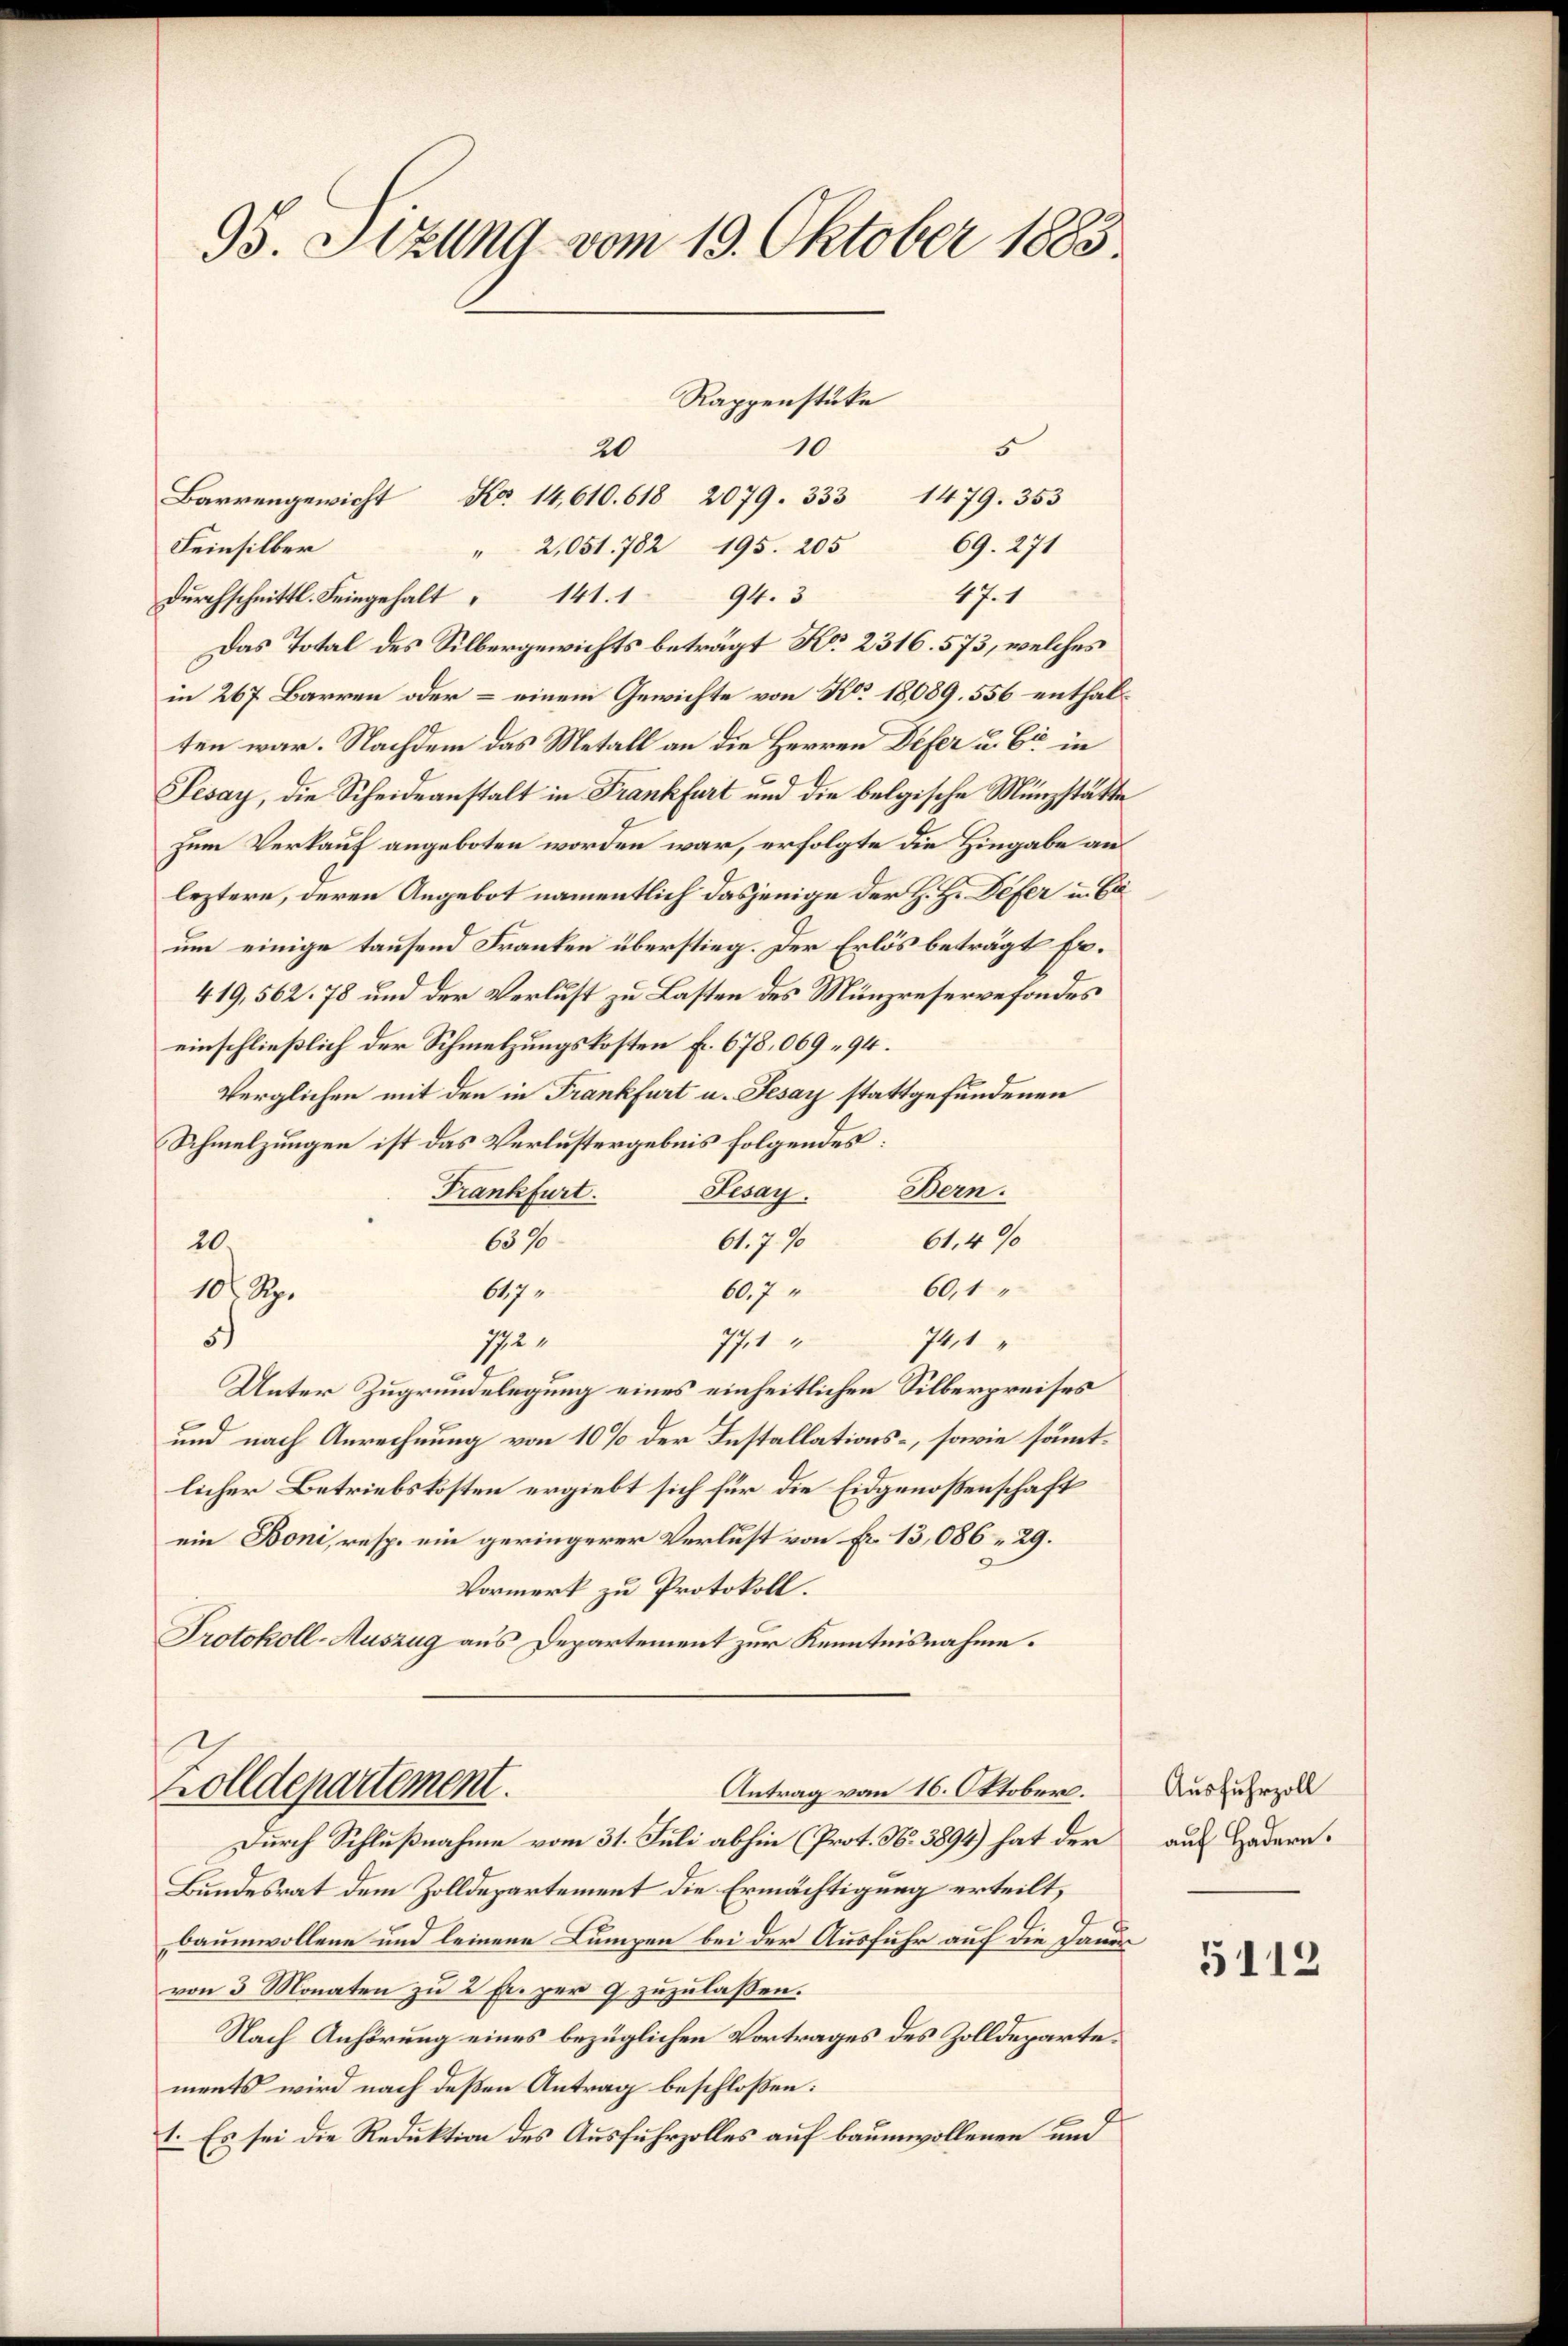
95. Sizung vom 19. Oktober 1883.

Rappenstüke
10
20
5
Barrengewicht No. 14,610. 618 2079. 333 1479. 353
Feinsilber
" 2,051. 782 195. 205 69. 271
17.1
durchschnittl. Feingehalt " 141. 194. 3
Das Total des Silbergewichts beträgt No. 2316. 573, welches
in 267 Barren oder – einem Gewichte von No. 18,089. 556 enthalten war. Nachdem das Metall an die Herren Defer u. Er in
Jesay, die Scheideanstalt in Frankfurt und die belgische Münzstätte
zum Verkauf angeboten worden war, erfolgte die Hingabe ausleztere, deren Angebot namentlich dasjenige der H. Hr. Defer u. Bäum einige tausend Franken überstieg. Der Erlös beträgt Er¬
419, 562. 78 und der Verlust zu Lasten des Münzreservefondes
einschließlich der Schmelzungskosten fr. 678,069 - 94.
Verglichen mit den in Frankfurt u. Jesay stattgefundenen
Schmelzungen ist das Verlustergebnis folgendes:
Frankfurt. Besay. Bern.
61,4%
61. 790
6576
20.
60,1
60.7
10 R.
647.
741
s
771
Ihe
Unter Zugrundelegung eines einheitlichen Silberpreises
und nach Anrechnung von 10% der Installations-, sowie sämtlicher Betriebskosten ergiebt sich für die Eidgenoßenschaft
ein Boni, resp. ein geringerer Verlust von Fr. 13,086. 29.
Vormerk zu Protokoll.
Protokoll-Auszug aus Departement zur Kenntnisnahme.

Zolldepartement.
Antrag vom 16. Oktober.
Durch Schlußnahme vom 31. Juli abhin (Prot. N. 3894) hat der

Bundesrat dem Zolldepartement die Ermächtigung erteilt,
baumwollene und leinene Lumpen bei der Ausfuhr auf die Daue
von 3 Monaten zu 2 Fr. per 9 zuzulaßen.
Nach Anhörung eines bezüglichen Vortrages des Zolldepartements wird nach deßen Antrag beschloßen:
1. Es sei die Reduktion des Ausfuhrzolles auf baumwollenen und

e

Ausfuhrzoll
auf Hadern.

5112